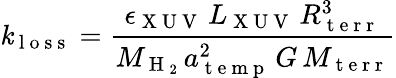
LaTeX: \mathit{k}_{\mathrm{{~l~o~s~s~}}}=\frac{{\epsilon_{\mathrm{{~X~U~V~}}}\, L_{\mathrm{{~X~U~V~}}}\, R_{\mathrm{{~t~e~r~r~}}}^{3}}}{{M_{\mathrm{{~H~}}_{2}}\, a_{\mathrm{{~t~e~m~p~}}}^{2}\, G\, M_{\mathrm{{~t~e~r~r~}}}}}